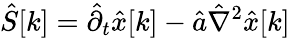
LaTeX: \hat{S}[k]=\hat{\partial}_{t}\hat{x}[k]-\hat{a}\hat{\nabla}^{2}\hat{x}[k]